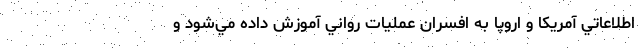
اطلاعاتي آمريكا و اروپا به افسران عمليات رواني آموزش داده مي‌شود و